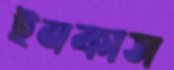
ইনকাস